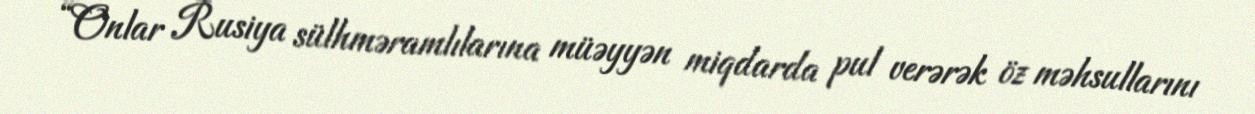
“Onlar Rusiya sülhməramlılarına müəyyən miqdarda pul verərək öz məhsullarını